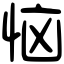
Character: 恼